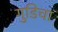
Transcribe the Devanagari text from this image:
गुडिचा